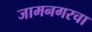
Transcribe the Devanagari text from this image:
जामनगरचा